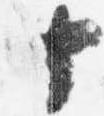
十